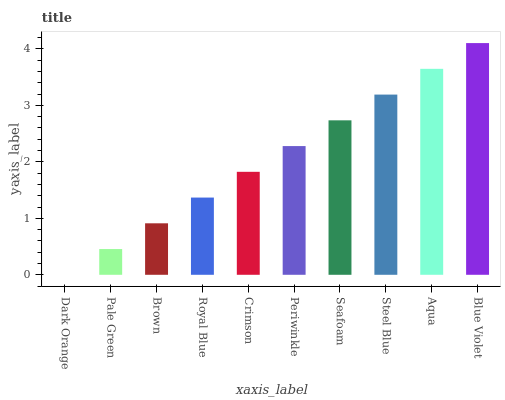
| xaxis_label | bars |
 | --- | --- |
 | Dark Orange | 0 |
 | Pale Green | 0.456 |
 | Brown | 0.912 |
 | Royal Blue | 1.37 |
 | Crimson | 1.82 |
 | Periwinkle | 2.28 |
 | Seafoam | 2.74 |
 | Steel Blue | 3.19 |
 | Aqua | 3.65 |
 | Blue Violet | 4.1 |